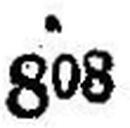
808